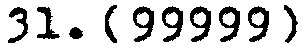
31. (99999)